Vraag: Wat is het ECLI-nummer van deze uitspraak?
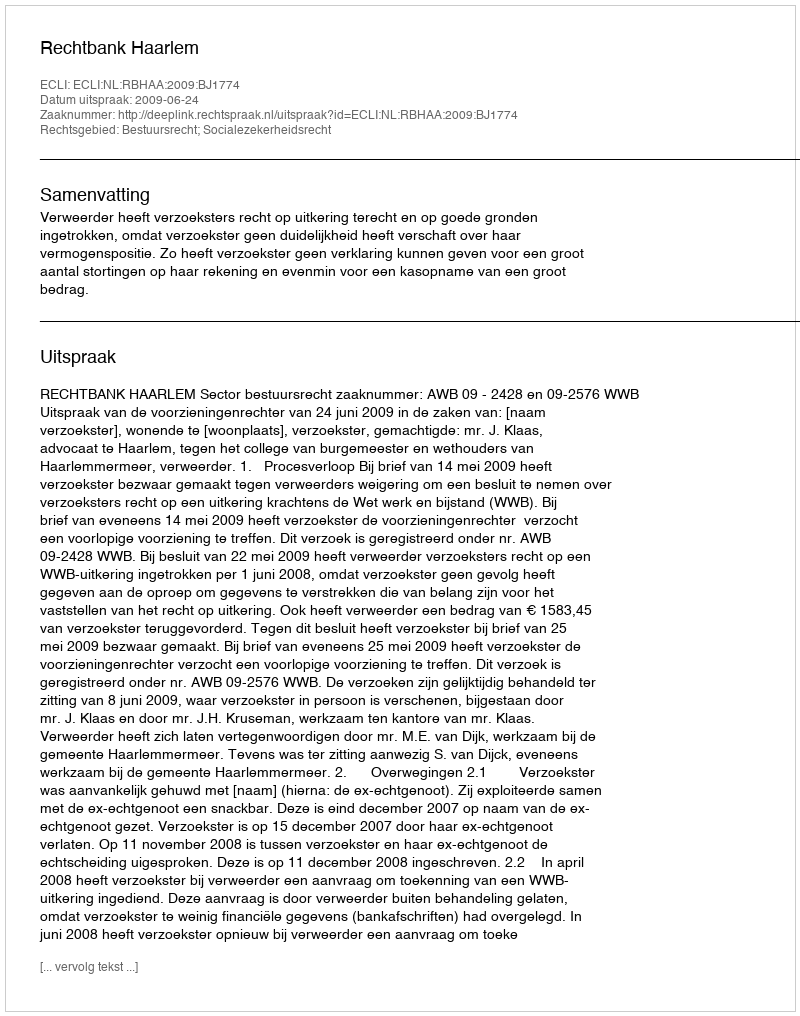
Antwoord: ECLI:NL:RBHAA:2009:BJ1774